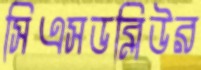
সিএসডব্লিউর